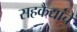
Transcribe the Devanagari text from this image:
सहकैद्यांचे